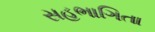
સહભાગિતા